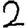
Digit: 2